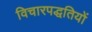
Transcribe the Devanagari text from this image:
विचारपद्धतियों